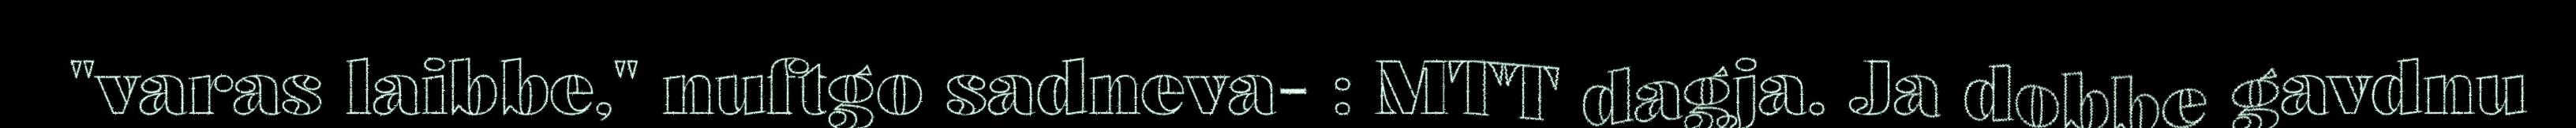
"varas laibbe," nuftgo sadneva- : MTT dagja. Ja dobbe gavdnu